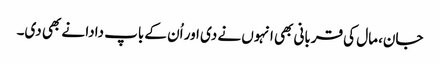
جان، مال کی قربانی بھی انہوں نے دی اور اُن کے باپ دادا نے بھی دی۔